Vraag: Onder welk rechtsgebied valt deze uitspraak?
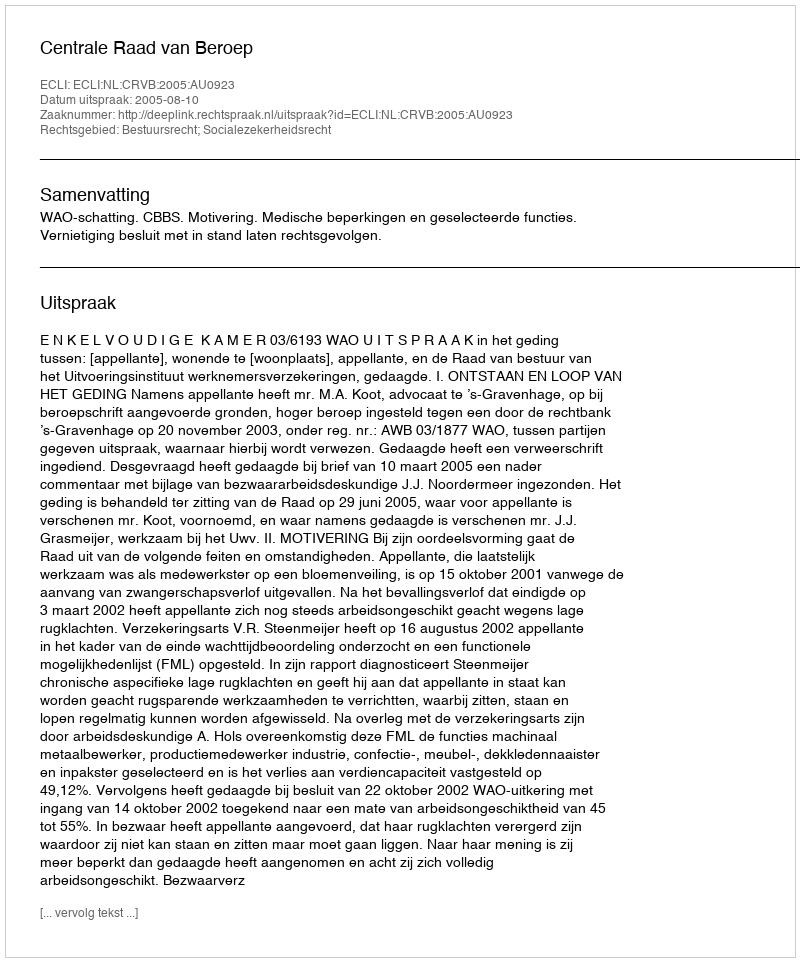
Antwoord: Bestuursrecht; Socialezekerheidsrecht